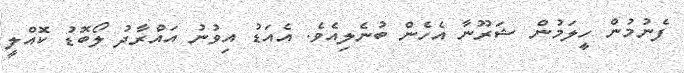
ފެނުމުން ހީލަމުން ޝަރޫނާ އެހެން ބުނެލިއެވެ. އެއަޑު އިވުނު އައްރާދު ލޯބޮޑު ކޮއްލީ